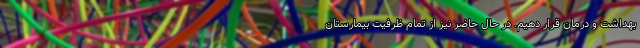
بهداشت و درمان قرار دهیم. در حال حاضر نیز از تمام ظرفیت بیمارستان